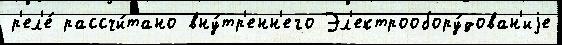
р'ел'е́ рассчи́тано вну́тр'енн'его Эл'ектрообору́дован'иjе